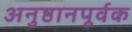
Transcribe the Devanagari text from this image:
अनुष्ठानपूर्वक